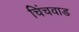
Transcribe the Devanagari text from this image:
चिंचवाड